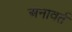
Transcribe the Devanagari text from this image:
अनावर्त